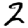
Digit: 2